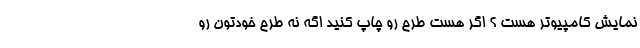
نمایش کامپیوتر هست ؟ اگر هست طرح رو چاپ کنید اگه نه طرح خودتون رو